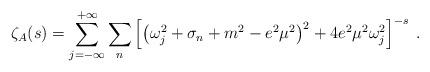
LaTeX: \begin{align*}\zeta_{A}(s) = \sum_{j=-\infty}^{+\infty}\sum_{n}\left[\left(\omega_{j}^{2} + \sigma_{n} + m^{2} - e^{2}\mu^{2}\right)^{2} + 4e^{2}\mu^{2}\omega_{j}^{2}\right]^{-s}\;.\end{align*}